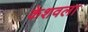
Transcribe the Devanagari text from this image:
केशवला